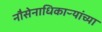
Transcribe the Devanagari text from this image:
नौसेनाधिकाऱ्यांच्या